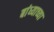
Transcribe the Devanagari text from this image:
बांध्याच्या